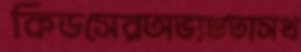
কিডসেরঅভ্যস্ততাসখ